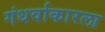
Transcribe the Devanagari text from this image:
गंधर्वाकारला